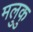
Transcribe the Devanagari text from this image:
मलुकु